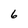
Character: 6